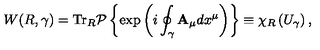
W ( R , \gamma ) = \mathrm { T r } _ { R } { \cal P } \left\{ \exp \left( i \oint _ { \gamma } { { \bf A _ { \mu } } d x ^ { \mu } } \right) \right\} \equiv \chi _ { R } \left( U _ { \gamma } \right) ,